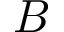
B